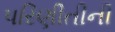
પરિણીતીની